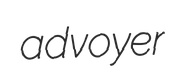
advoyer